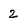
Character: 2